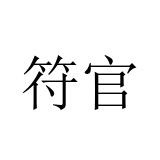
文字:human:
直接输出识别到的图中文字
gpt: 符官